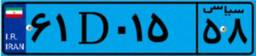
۶۱D۰۱۵۵۸